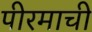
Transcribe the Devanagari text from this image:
पीरमाची